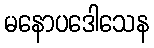
မနောပဒေါသေန